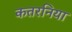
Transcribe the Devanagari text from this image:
कतरनिया